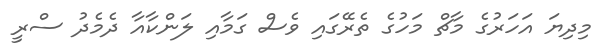
މިދިޔަ އަހަރުގެ މާޗް މަހުގެ ތެރޭގައި ވެސް ގަމާއި ލަންކާއާ ދެމެދު ސްރީ